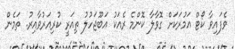
ވެފައިވާ ކޯޓް އަމުރަކަށް ގޮވާލާ ކޮންމެ ރެއަކު އަބޫޖަހުލު ތިއަރީ ކުރިއަރުވާއިރު. ތަމެން